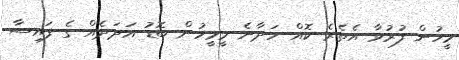
މީހުން ފުރުވާ އެތެރެ ކޮއް ހަދާނެ މީމީހުން ބޮޑު އަދަދެއް ގެ ފައިސާ